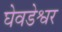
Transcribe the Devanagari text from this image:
घेवडेश्वर